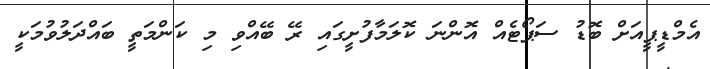
އެމްޑީޕީއަށް ބޮޑު ސަޕޯޓެއް އޮންނަ ކޮލަމާފުށީގައި ރޭ ބޭއްވި މި ކަންމަތީ ބައްދަލުވުމަކީ